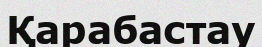
Қарабастау